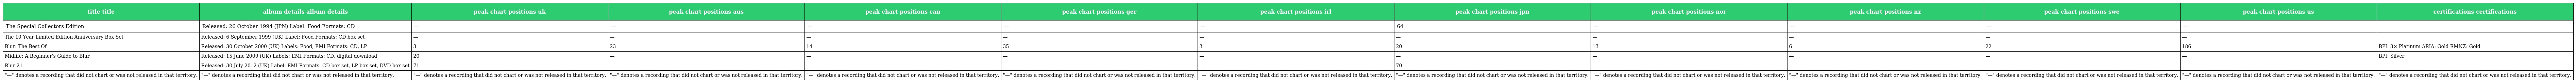
| title title | album details album details | peak chart positions uk | peak chart positions aus | peak chart positions can | peak chart positions ger | peak chart positions irl | peak chart positions jpn | peak chart positions nor | peak chart positions nz | peak chart positions swe | peak chart positions us | certifications certifications |
 | --- | --- | --- | --- | --- | --- | --- | --- | --- | --- | --- | --- | --- |
 | The Special Collectors Edition | Released: 26 October 1994 (JPN) Label: Food Formats: CD | — | — | — | — | — | 64 | — | — | — | — |  |
 | The 10 Year Limited Edition Anniversary Box Set | Released: 6 September 1999 (UK) Label: Food Formats: CD box set | — | — | — | — | — | — | — | — | — | — |  |
 | Blur: The Best Of | Released: 30 October 2000 (UK) Labels: Food, EMI Formats: CD, LP | 3 | 23 | 14 | 35 | 3 | 20 | 13 | 6 | 22 | 186 | BPI: 3× Platinum ARIA: Gold RMNZ: Gold |
 | Midlife: A Beginner's Guide to Blur | Released: 15 June 2009 (UK) Labels: EMI Formats: CD, digital download | 20 | — | — | — | — | — | — | — | — | — | BPI: Silver |
 | Blur 21 | Released: 30 July 2012 (UK) Label: EMI Formats: CD box set, LP box set, DVD box set | 71 | — | — | — | — | 70 | — | — | — | — |  |
 | "—" denotes a recording that did not chart or was not released in that territory. | "—" denotes a recording that did not chart or was not released in that territory. | "—" denotes a recording that did not chart or was not released in that territory. | "—" denotes a recording that did not chart or was not released in that territory. | "—" denotes a recording that did not chart or was not released in that territory. | "—" denotes a recording that did not chart or was not released in that territory. | "—" denotes a recording that did not chart or was not released in that territory. | "—" denotes a recording that did not chart or was not released in that territory. | "—" denotes a recording that did not chart or was not released in that territory. | "—" denotes a recording that did not chart or was not released in that territory. | "—" denotes a recording that did not chart or was not released in that territory. | "—" denotes a recording that did not chart or was not released in that territory. | "—" denotes a recording that did not chart or was not released in that territory. |